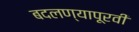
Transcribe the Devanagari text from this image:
बदलण्यापूरवी